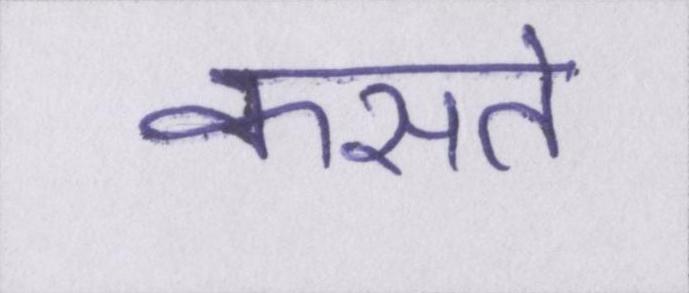
कसते